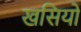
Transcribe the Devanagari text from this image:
खसियों